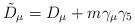
LaTeX: \begin{align*}{\tilde D}_{\mu}= D_{\mu}+m\gamma_{\mu}\gamma_{5}\end{align*}